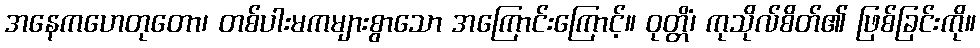
အနေကဟေတုတော၊ တစ်ပါးမကများစွာသော အကြောင်းကြောင့်။ ဝုတ္တိံ၊ ကုသိုလ်စိတ်၏ ဖြစ်ခြင်းကို။